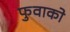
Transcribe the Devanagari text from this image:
फुवाको